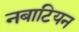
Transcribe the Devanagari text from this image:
नबाटियन